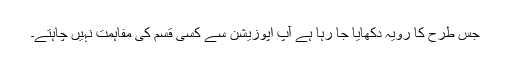
جس طرح کا رویہ دکھایا جا رہا ہے آپ اپوزیشن سے کسی قسم کی مفاہمت نہیں چاہتے۔